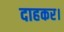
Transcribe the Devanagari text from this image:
दाहकर।